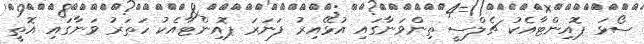
ސޯޅަ ޕޮއިންޓާއެކު ޗެލްސީ ތިންވަނާގައި އުޅޭއިރު ފަނަރަ ޕޮއިންޓާއެކު ހަތަރު ވަނާގައި އޮތީ